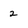
Character: 2